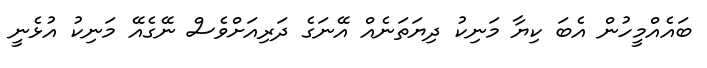
ބައެއްމީހުން އެބަ ކިޔާ މަނިކު ދިޔަތަނެއް އޭނަގެ ދަރިއަށްވެސް ނޭގެއޭ މަނިކު އުޅެނީ